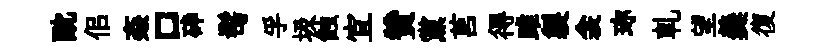
酖佀姦口砕髩孚圾蝕宜贊黨莒得雎製衾珎軋望羮復